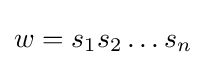
w=s_{1}s_{2}\ldots s_{n}